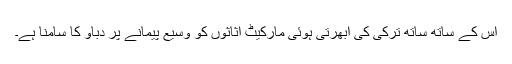
اس کے ساتھ ساتھ ترکی کی ابھرتی ہوئی مارکیٹ اثاثوں کو وسیع پیمانے پر دباؤ کا سامنا ہے۔